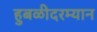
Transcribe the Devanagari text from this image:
हुबळीदरम्यान